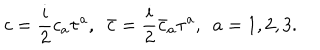
LaTeX: c = \frac { i } { 2 } c _ { a } \tau ^ { a } , ~ ~ \bar { c } = \frac { i } { 2 } \bar { c } _ { a } \tau ^ { a } , ~ ~ a = 1 , 2 , 3 .